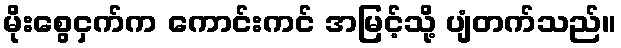
မိုးစွေငှက်က ကောင်းကင် အမြင့်သို့ ပျံတက်သည်။